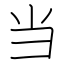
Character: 当